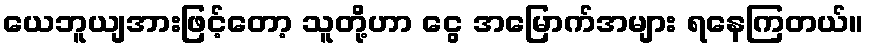
ယေဘူယျအားဖြင့်တော့ သူတို့ဟာ ငွေ အမြောက်အများ ရနေကြတယ်။